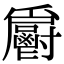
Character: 𩰨